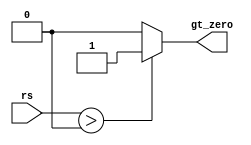
module is_greater_than_zero(rs, gt_zero);
input [31:0] rs; // 32-bit input
output reg gt_zero; // 1 if rs > 0, else 0
always @(rs) begin
  if (rs > 32'b0) begin
    gt_zero = 1;
  end else begin
    gt_zero = 0;
  end
end

endmodule